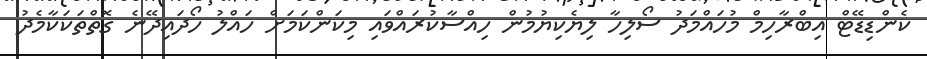
ކެންޑިޑޭޓް އިބްރާހިމް މުހައްމަދު ސޯލިހާ ލިޔެކިޔުމުން ހިއްސާކުރައްވައި މިކަންކަމަށް ހައްލު ހޯދައިދޭނެ ގޮތްތަކަކާމެދު